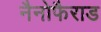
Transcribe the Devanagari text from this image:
नैनोफैराड